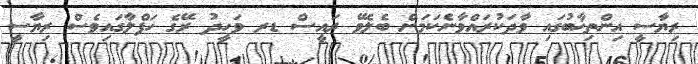
ރިޔާސީ އިންތިޚާބުގައި ވާދަކުރައްވާނެކަމަށް ބެލެވޭ ރައީސް ޑރ ވަހީދު ރޭގެ ހަފްލާގައިވެސް ރިޔާސީ